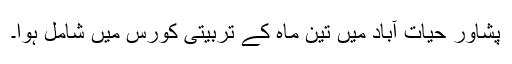
پشاور حیات آباد میں تین ماہ کے تربیتی کورس میں شامل ہوا۔